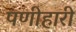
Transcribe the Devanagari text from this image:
पणीहारी